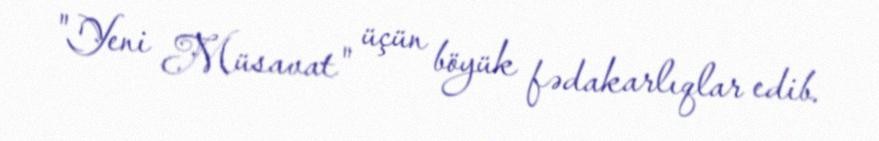
"Yeni Müsavat" üçün böyük fədakarlıqlar edib.